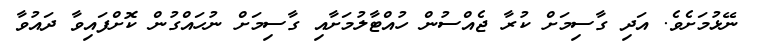
ނޭޅުމަށެވެ. އަދި ގާސިމަށް ކުރާ ޖެއްސުން ހުއްޓާލުމަށާއި ގާސިމަށް ނުހައްގުން ކޮށްފައިވާ ދައުވާ